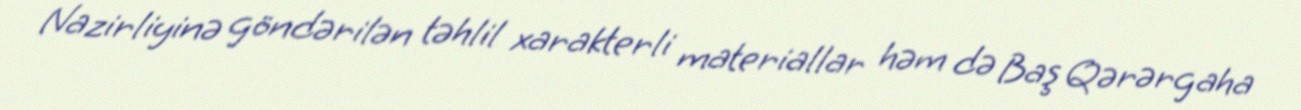
Nazirliyinə göndərilən təhlil xarakterli materiallar həm də Baş Qərərgaha